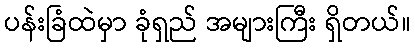
ပန်းခြံထဲမှာ ခုံရှည် အများကြီး ရှိတယ်။